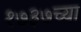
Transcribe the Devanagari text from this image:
१७३७च्या